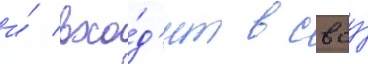
и́ вхо́д'ит в своу́